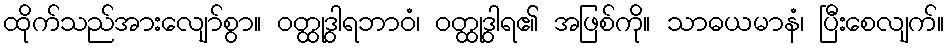
ထိုက်သည်အားလျော်စွာ။ ဝတ္ထုဒွါရဘာဝံ၊ ဝတ္ထုဒွါရ၏ အဖြစ်ကို။ သာဓယမာနံ၊ ပြီးစေလျက်။